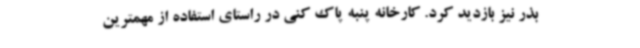
بذر نیز بازدید کرد. کارخانه پنبه پاک کنی در راستای استفاده از مهمترین